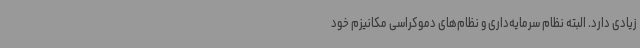
زیادی دارد. البته نظام سرمایه‌داری و نظام‌های دموکراسی مکانیزم خود